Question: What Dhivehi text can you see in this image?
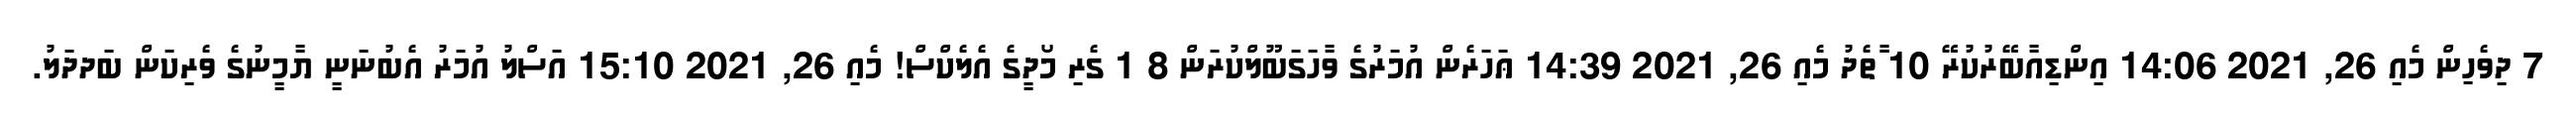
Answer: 7 ދިވެހިން މެއި 26, 2021 14:06 އިންޑިއާބޭރުކުރޭ 10 ާަތެދު މެއި 26, 2021 14:39 ޢަހަރެން އުމަރުގެ ވާހަގަބޫލްކުރަން 8 1 ގެރި މޯދީގެ އެލެކްސް! މެއި 26, 2021 15:10 އަސްލު އުމަރު އެބުނަނީ ޔާމީނުގެ ވެރިކަން ބަދދަލު.